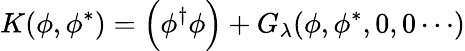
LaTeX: K(\phi,\phi^{*})=\Big(\phi^{\dagger}\phi\Big)+G_{\lambda}(\phi,\phi^{*},0,0\cdots)